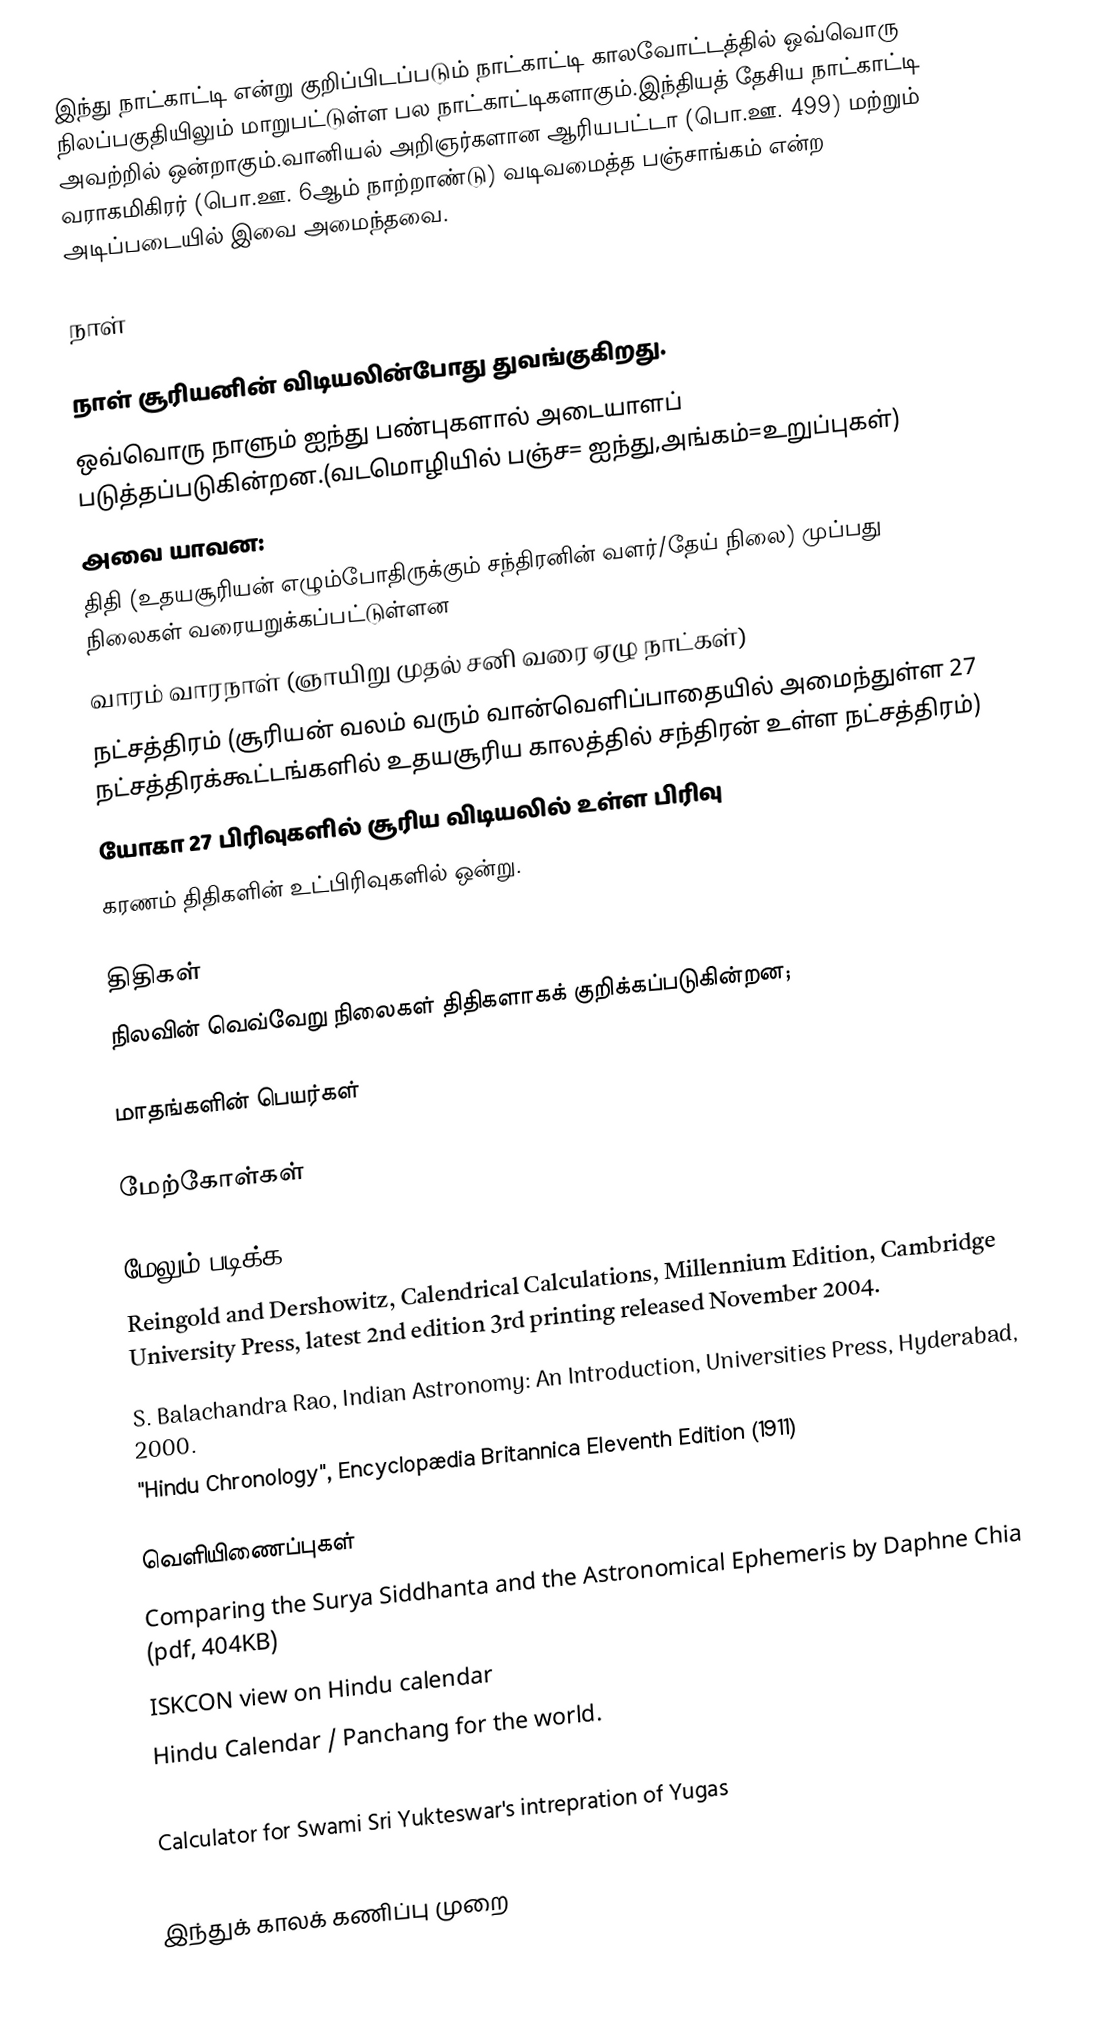
இந்து நாட்காட்டி என்று குறிப்பிடப்படும் நாட்காட்டி காலவோட்டத்தில் ஒவ்வொரு நிலப்பகுதியிலும் மாறுபட்டுள்ள பல நாட்காட்டிகளாகும்.இந்தியத் தேசிய நாட்காட்டி அவற்றில் ஒன்றாகும்.வானியல் அறிஞர்களான ஆரியபட்டா (பொ.ஊ. 499) மற்றும் வராகமிகிரர் (பொ.ஊ. 6ஆம் நாற்றாண்டு) வடிவமைத்த பஞ்சாங்கம் என்ற அடிப்படையில் இவை அமைந்தவை.

நாள்

நாள் சூரியனின் விடியலின்போது துவங்குகிறது.
ஒவ்வொரு நாளும் ஐந்து பண்புகளால் அடையாளப் படுத்தப்படுகின்றன.(வடமொழியில் பஞ்ச= ஐந்து,அங்கம்=உறுப்புகள்)
அவை யாவன:
 திதி (உதயசூரியன் எழும்போதிருக்கும் சந்திரனின் வளர்/தேய் நிலை) முப்பது நிலைகள் வரையறுக்கப்பட்டுள்ளன
 வாரம் வாரநாள் (ஞாயிறு முதல் சனி வரை ஏழு நாட்கள்)
 நட்சத்திரம் (சூரியன் வலம் வரும் வான்வெளிப்பாதையில் அமைந்துள்ள 27 நட்சத்திரக்கூட்டங்களில் உதயசூரிய காலத்தில் சந்திரன் உள்ள நட்சத்திரம்)
 யோகா 27 பிரிவுகளில் சூரிய விடியலில் உள்ள பிரிவு
 கரணம் திதிகளின் உட்பிரிவுகளில் ஒன்று.

திதிகள்
நிலவின் வெவ்வேறு நிலைகள் திதிகளாகக் குறிக்கப்படுகின்றன;

மாதங்களின் பெயர்கள்

மேற்கோள்கள்

மேலும் படிக்க
 Reingold and Dershowitz, Calendrical Calculations, Millennium Edition, Cambridge University Press, latest 2nd edition 3rd printing released November 2004.
 S. Balachandra Rao, Indian Astronomy: An Introduction, Universities Press, Hyderabad, 2000.
 "Hindu Chronology", Encyclopædia Britannica Eleventh Edition (1911)

வெளியிணைப்புகள்
 Comparing the Surya Siddhanta and the Astronomical Ephemeris by Daphne Chia (pdf, 404KB)
 ISKCON view on Hindu calendar
 Hindu Calendar / Panchang for the world.
 Hindu Festival Calendar of Vrindavan.
 Calculator for Swami Sri Yukteswar's intrepration of Yugas

இந்துக் காலக் கணிப்பு முறை